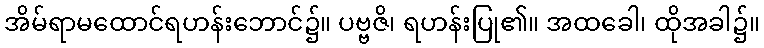
အိမ်ရာမထောင်ရဟန်းဘောင်၌။ ပဗ္ဗဇိ၊ ရဟန်းပြု၏။ အထခေါ၊ ထိုအခါ၌။